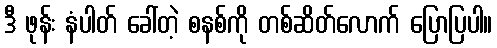
ဒီ ဖုန်း နံပါတ် ခေါ်တဲ့ စနစ်ကို တစ်ဆိတ်လောက် ပြောပြပါ။